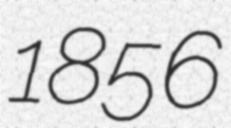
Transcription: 1856